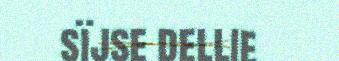
sïjse dellie